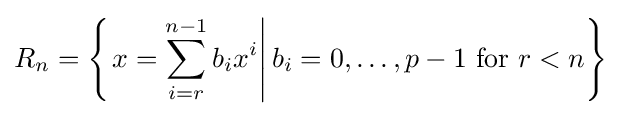
R_{n}=\left\{\left.x=\sum _{i=r}^{n-1}b_{i}x^{i}\right|b_{i}=0,\ldots ,p-1{\text{ for }}r<n\right\}